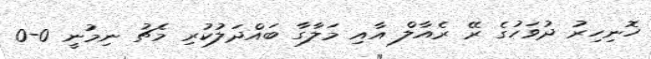
ހޮނިހިރު ދުވަހުގެ ރޭ ރެއާލް އާއި މަލާގާ ބައްދަލުކުރި މެޗު ނިމުނީ 0-0